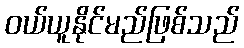
ဝယ်ယူနိုင်မည်ဖြစ်သည်